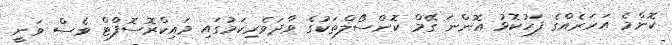
ކޮންމެ އަހަރެއްގެ ފަހުކޮޅު އޮންނަ ގޭމް ކޮންސޯލްތަކުގެ ވާދަވެރިކަމުގައި މައިކްރޮސޮފްޓް ވެސް ވަނީ